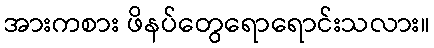
အားကစား ဖိနပ်တွေရောရောင်းသလား။